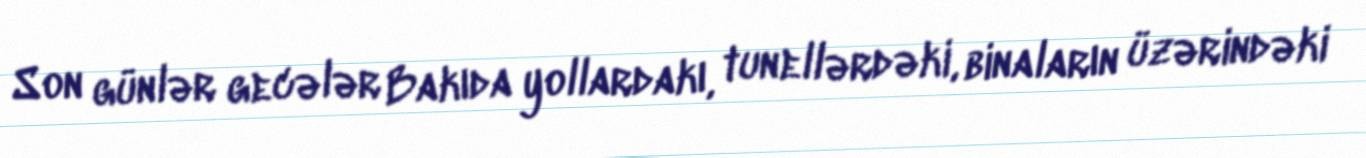
Son günlər gecələr Bakıda yollardakı, tunellərdəki, binaların üzərindəki